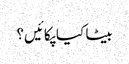
بیٹا کیا پکائیں؟